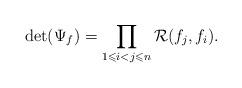
LaTeX: \begin{align*} \det(\Psi_f) = \prod_{1 \leqslant i < j \leqslant n} \mathcal{R}(f_j, f_i).\end{align*}